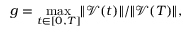
g = \underset { t \in [ 0 , T ] } { \operatorname* { m a x } } \Vert \mathcal V ( t ) \Vert / \Vert \mathcal V ( T ) \Vert ,